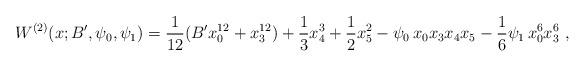
\begin{align*}W^{(2)}(x;B', \psi_0, \psi_1) = \frac{1}{12}(B' x_0^{12} + x_3^{12})+\frac{1}{3} x_4^3 +\frac{1}{2} x_5^2-\psi_0 \, x_0 x_3 x_4 x_5 - \frac{1}{6} \psi_1 \,x_0^6 x_3^6\ ,\end{align*}